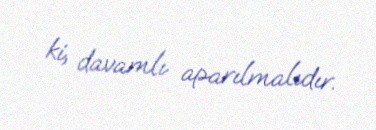
ki, davamlı aparılmalıdır.